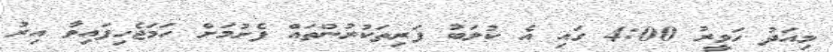
މިއަދު ހަވީރު 4:00 ގައި އެ ކުލަބު ފަރިތަކުރުންތައް ފެށުމަށް ހަމަޖެހިފައިވާ އިރު